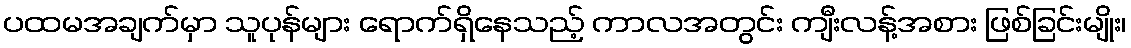
ပထမအချက်မှာ သူပုန်များ ရောက်ရှိနေသည့် ကာလအတွင်း ကျီးလန့်အစား ဖြစ်ခြင်းမျိုး၊